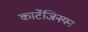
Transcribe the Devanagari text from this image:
कार्टेजिनयन